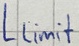
Text: Llimit